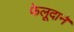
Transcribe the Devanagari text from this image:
फेलूदाने